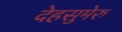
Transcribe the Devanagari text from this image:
देहसुमेरु